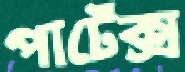
পার্টেক্স